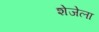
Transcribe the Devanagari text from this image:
शेजेला